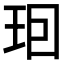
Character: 𤤨